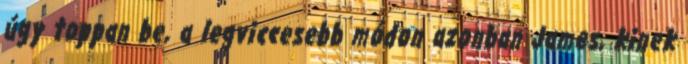
úgy toppan be, a legviccesebb módon azonban James, kinek